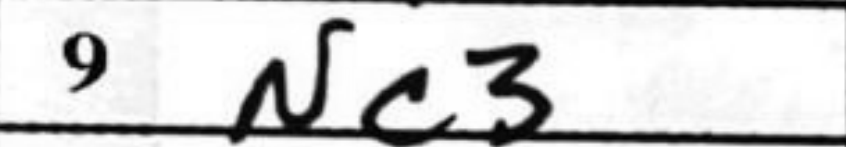
Transcription: Nc3